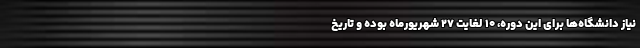
نیاز دانشگاه‌ها برای این دوره، ۱۰ لغایت ۲۷ شهریورماه بوده و تاریخ